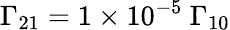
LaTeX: \Gamma_{21}=1\times 10^{-5}\ \Gamma_{10}